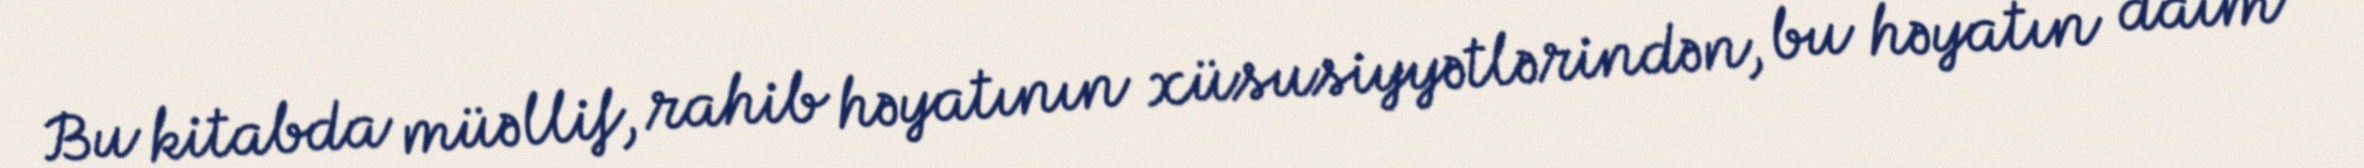
Bu kitabda müəllif, rahib həyatının xüsusiyyətlərindən, bu həyatın daim